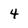
Character: 4